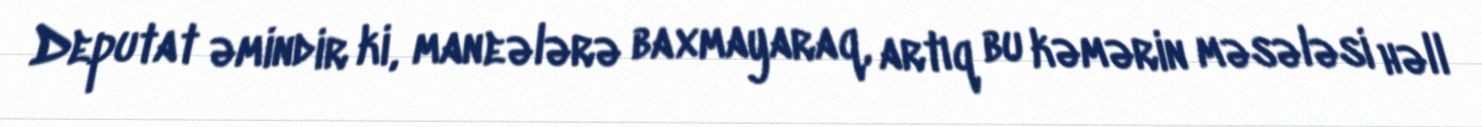
Deputat əmindir ki, maneələrə baxmayaraq, artıq bu kəmərin məsələsi həll